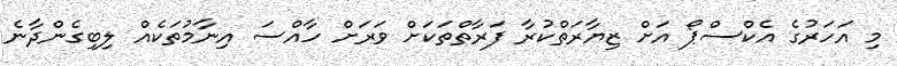
މި އަހަރުގެ އެކްސްޕޯ އަށް ޒިޔާރަތްކުރާ ފަރާތްތަކަށް ވަރަށް ހާއްސަ އިނާމުތަކެއް ލިބިގެންދާނެ